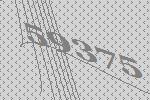
59375